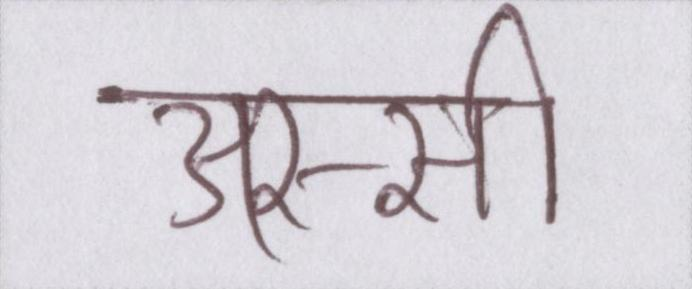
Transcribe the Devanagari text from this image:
अस्सी